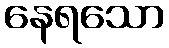
နေရသော